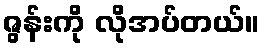
ဇွန်းကို လိုအပ်တယ်။